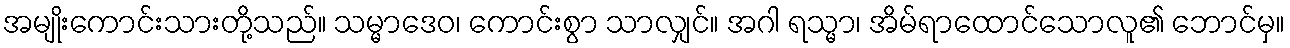
အမျိုးကောင်းသားတို့သည်။ သမ္မာဒေဝ၊ ကောင်းစွာ သာလျှင်။ အဂါ ရသ္မာ၊ အိမ်ရာထောင်သောလူ၏ ဘောင်မှ။